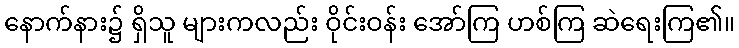
နောက်နား၌ ရှိသူ များကလည်း ဝိုင်းဝန်း အော်ကြ ဟစ်ကြ ဆဲရေးကြ၏။